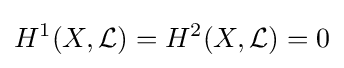
H^{1}(X,{\mathcal {L}})=H^{2}(X,{\mathcal {L}})=0